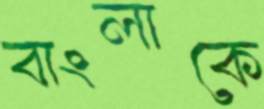
বাংলাকে